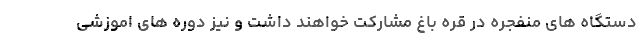
دستگاه های منفجره در قره باغ مشارکت خواهند داشت و نیز دوره های اموزشی